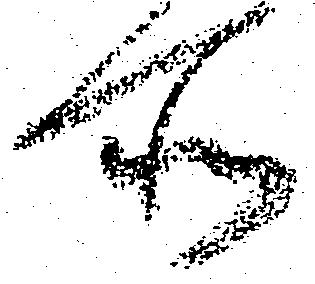
所